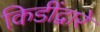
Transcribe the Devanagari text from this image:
किडींद्वारे